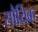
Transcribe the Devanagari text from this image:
सौर्यिक